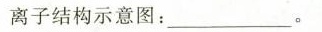
离子结构示意图：___________________。